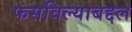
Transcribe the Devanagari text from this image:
फसविल्याबद्दल